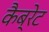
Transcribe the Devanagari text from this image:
कैब्रेट